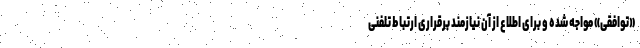
«توافقی» مواجه شده و برای اطلاع از آن نیازمند برقراری ارتباط تلفنی